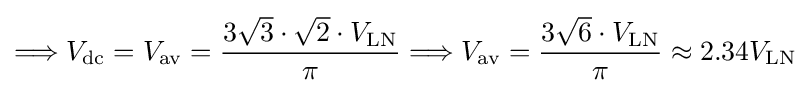
\Longrightarrow V_{\mathrm {dc} }=V_{\mathrm {av} }={\frac {3{\sqrt {3}}\cdot {\sqrt {2}}\cdot V_{\mathrm {LN} }}{\pi }}\Longrightarrow V_{\mathrm {av} }={\frac {3{\sqrt {6}}\cdot V_{\mathrm {LN} }}{\pi }}\approx 2.34V_{\mathrm {LN} }